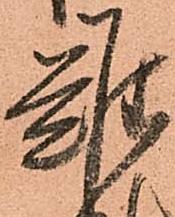
難